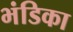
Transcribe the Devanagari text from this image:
भंडिका